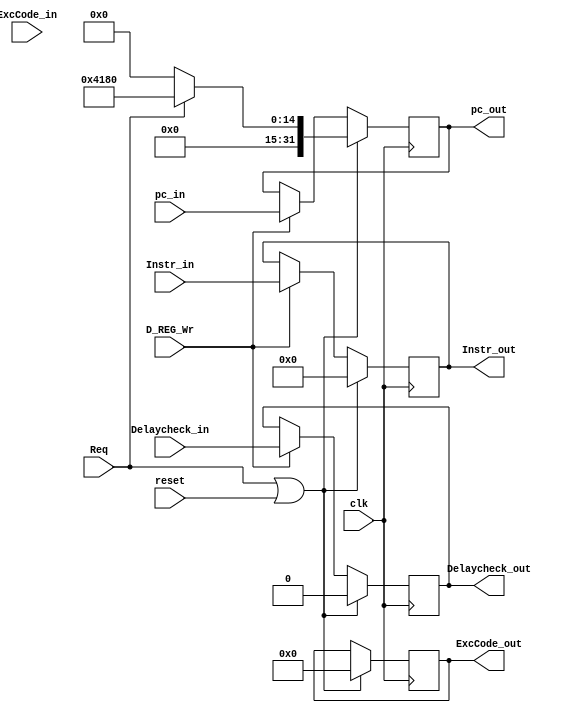
module D_REG (
    input wire Req,
    input wire [31:0] Instr_in,
    input wire [31:0] pc_in,
    input wire Delaycheck_in,
    input wire [4:0] ExcCode_in,
    input wire D_REG_Wr,
    input wire clk,
    input wire reset,
    output reg [31:0] Instr_out,
    output reg [31:0] pc_out,
    output reg Delaycheck_out,
    output reg [4:0] ExcCode_out
);
    always @(posedge clk) begin
        if (Req || reset) begin
            Instr_out <= 0;
            pc_out <= Req ? 32'h0000_4180 : 32'd0;
            Delaycheck_out <= 0;
            ExcCode_out <= 0;
        end
        else if (D_REG_Wr) begin
            Instr_out <= Instr_in;
            pc_out <= pc_in;
            Delaycheck_out <= Delaycheck_in;
            ExcCode_out <= ExcCode_out;
        end
    end
endmodule